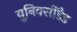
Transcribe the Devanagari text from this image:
युनिवर्सीडैड